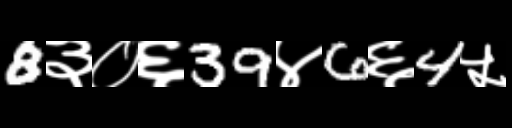
Text: 8३०६39४6६4५